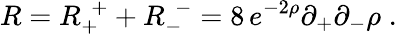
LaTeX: R=R_{+}^{\ \ +}+R_{-}^{\ \ -}=8\, e^{-2\rho}\partial_{+}\partial_{-}\rho\; .